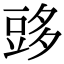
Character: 𧯨